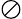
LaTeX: \oslash